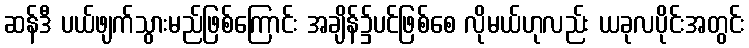
ဆန်ဒီ ပယ်ဖျက်သွားမည်ဖြစ်ကြောင်း အချိန်၌ပင်ဖြစ်စေ လိုမယ်ဟုလည်း ယခုလပိုင်းအတွင်း